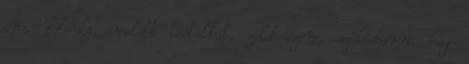
cm, 77 kg, molett testalkat, zöld szem, szőkésbarna haj